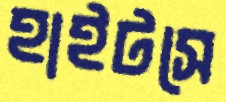
হাইটসে